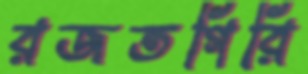
রজতগিরি